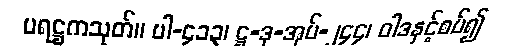
ပရဋ္ဌကသုတ်။ ပါ-၄၁၃၊ ဋ္ဌ-ဒု-အုပ်-၂၄၄၊ ဝါဒနှင့်စပ်၍